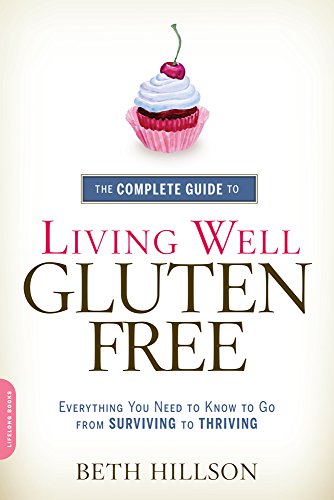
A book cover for The Complete Guide to Living Well Gluten-Free: Everything You Need to Know to Go from Surviving to Thriving; Beth Hillson; Cookbooks, Food & Wine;